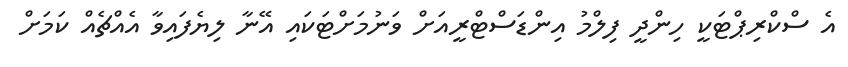
އެ ސްކްރިޕްޓަކީ ހިންދީ ފިލްމު އިންޑަސްޓްރީއަށް ވަނުމަށްޓަކައި އޭނާ ލިޔެފައިވާ އެއްޗެއް ކަމަށް